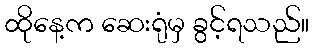
ထိုနေ့က ဆေးရုံမှ ခွင့်ရသည်။